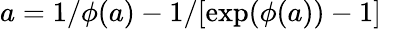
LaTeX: a=1/{\phi(a)}-1/[\exp(\phi(a))-1]~\,